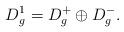
LaTeX: \begin{align*}D_g^1 = D_g^+ \oplus D_g^-.\end{align*}